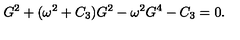
G ^ { 2 } + ( \omega ^ { 2 } + C _ { 3 } ) G ^ { 2 } - \omega ^ { 2 } G ^ { 4 } - C _ { 3 } = 0 .